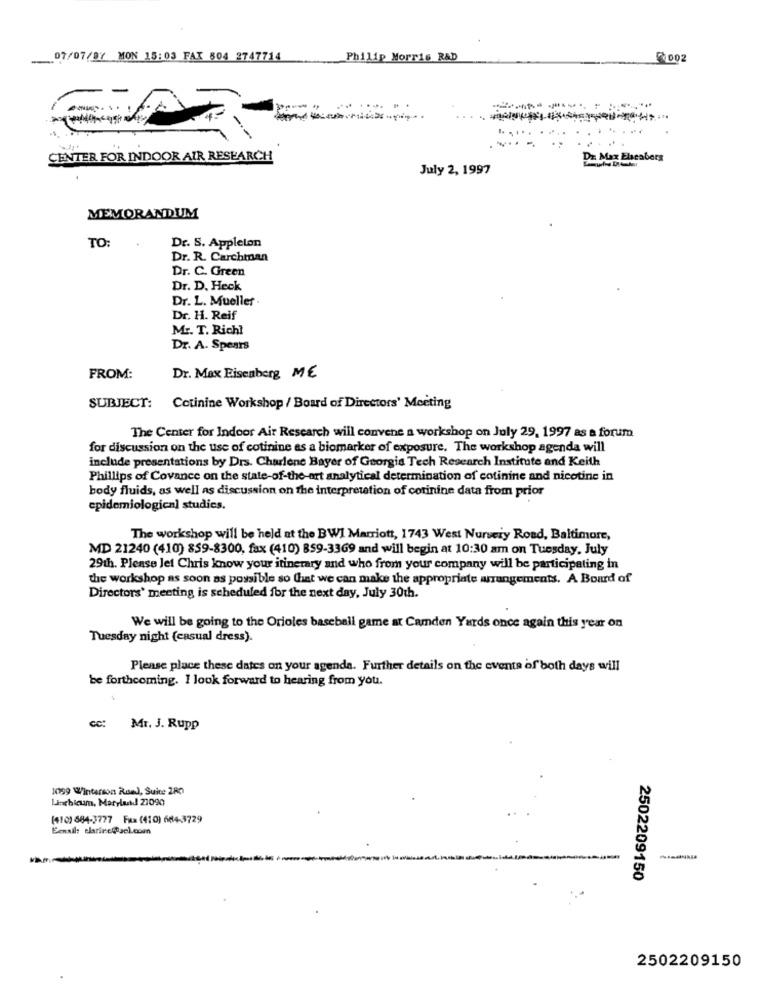
07/07/87 MON 15:03 FAX 804 2747714
Philip Morris R&D
002
CENTER FOR INDOOR AIR RESEARCH
DE Max Elseabers
July 2, 1997
MEMORANDUM
TO:
Dr. S. Appleton
Dr. R. Carchman
Dr. C. Green
Dr. D. Heck
Dr. L. Mueller .
Dr. H. Reif
Mr. T. Richl
Dr. A. Spears
Dr. Max Eisenberg ME
FROM:
SUBJECT: Cotinine Workshop / Board of Directors' Meeting
The Center for Indoor Air Research will convene a workshop on July 29, 1997 as a forum
for discussion on the use of cotinine es a biomarker of exposure. The workshop agenda will
include presentations by Drs. Charlene Bayer of Georgia Tech Research Institute and Keith
Phillips of Covance on the state-of-the-art analytical determination of cotinine and nicotine in
body fluids, as well as discussion on the interpretation of corinine data from prior
epidemiological studies.
The workshop will be held at the BWI Marriott, 1743 West Nursery Road, Baltimore,
MD 21240 (410) 859-8300, fax (410) 859-3369 and will begin at 10:30 am on Tuesday, July
29th. Please let Chris know your itinerary and who from your company will be participating in
the workshop as soon as possible so that we can make the appropriate arrangements. A Board of
Directors' meeting is scheduled for the next day, July 30th.
We will be going to the Orioles baseball game at Camden Yards once again this year on
Tuesday night (casual dress).
Please place these dates on your agenda. Further details on the events of both days will
be forthcoming. I look forward to hearing from you.
Mr. J. Rupp
1059 Winterson Rand, Suite 280
Larbicum, MaryluiJ 21090
(410) 684-3777 Fax (410) 684-3729
Emmail: elarsee@aol.com
2502209150
2502209150